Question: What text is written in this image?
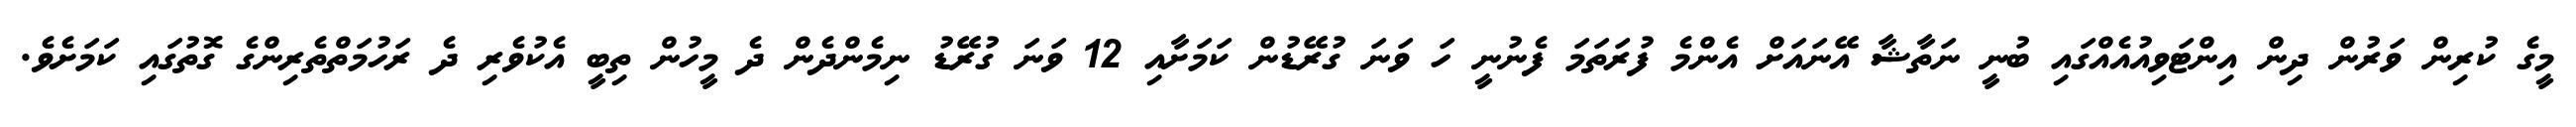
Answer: މީގެ ކުރިން ވަރުން ދިން އިންޓަވިއުއެއްގައި ބުނީ ނަތާޝާ އޭނައަށް އެންމެ ފުރަތަމަ ފެނުނީ ހަ ވަނަ ގުރޭޑުން ކަމަށާއި 12 ވަނަ ގުރޭޑު ނިމެންދެން ދެ މީހުން ތިބީ އެކުވެރި ދެ ރަހުމަތްތެރިންގެ ގޮތުގައި ކަމަށެވެ.